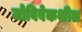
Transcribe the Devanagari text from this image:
जोविवेकशील